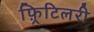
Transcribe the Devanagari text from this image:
फ़्रिटिलरी